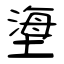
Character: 塰